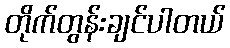
တိုက်တွန်းချင်ပါတယ်